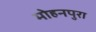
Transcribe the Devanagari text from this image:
मोहनपुरा